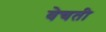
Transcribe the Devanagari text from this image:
वेचती